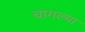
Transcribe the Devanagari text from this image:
चागल्या